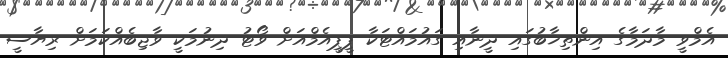
އެމްވީ މާދަމާގެ އިންތިޚާބުގައި ދީނާއި ގައުމައްޓަކާ ޕީޕީއެމްއަށް ވޯޓު ދިނުމަކީ ވާޖިބެއްކަމަށް ރިޔާސީ